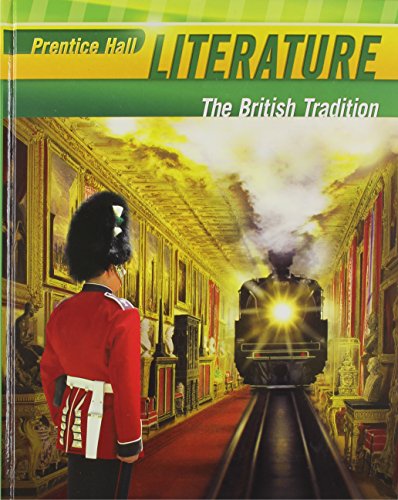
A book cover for Prentice Hall Literature: The British Tradition; Grant Wiggins; Teen & Young Adult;